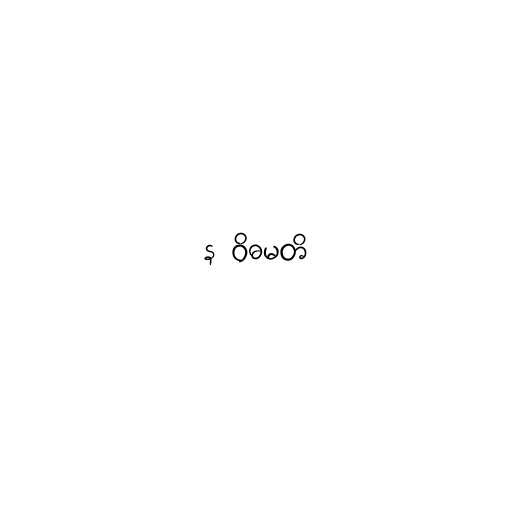
န ဝိဓမတိ